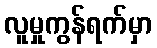
လူမှုကွန်ရက်မှာ